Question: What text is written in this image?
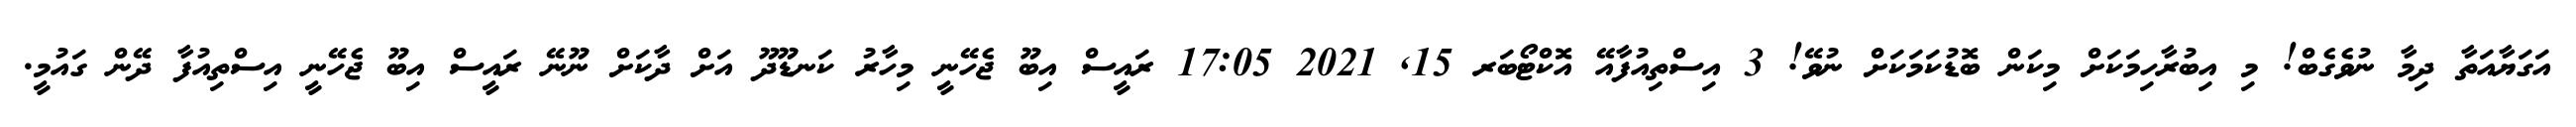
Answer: އަގަޔާއަތާ ދިމާ ނުވެގެބް! މި އިބުރާހިމަކަށް މިކަން ބޮޑުކަމަކަށް ނުވޭ! 3 އިސްތިއުފާއޭ އޮކްޓޯބަރ 15, 2021 17:05 ރައީސް އިބޫ ޖެހޭނީ މިހާރު ކަނޑޫދޫ އަށް ދާކަށް ނޫނޭ ރައީސް އިބޫ ޖެހޭނީ އިސްތިއުފާ ދޭން ގައުމީ.